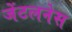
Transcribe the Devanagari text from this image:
जेंटलनेस